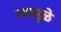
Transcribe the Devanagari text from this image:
त्यामुुळे